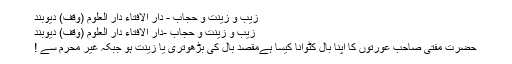
زیب و زینت و حجاب - دار الافتاء دار العلوم (وقف) دیوبند
زیب و زینت و حجاب -دار الافتاء دار العلوم (وقف) دیوبند
حضرت مفتی صاحب عورتوں کا اپنا بال کٹوانا کیسا ہےمقصد بال کی بڑھوتری یا زینت ہو جبکہ غیر محرم سے !